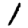
Digit: 1